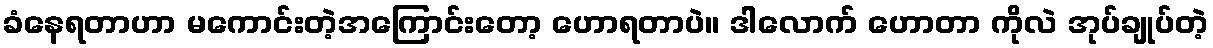
ခံနေရတာဟာ မကောင်းတဲ့အကြောင်းတော့ ဟောရတာပဲ။ ဒါလောက် ဟောတာ ကိုလဲ အုပ်ချုပ်တဲ့